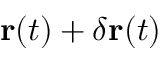
\mathbf { r } ( t ) + \delta \mathbf { r } ( t )